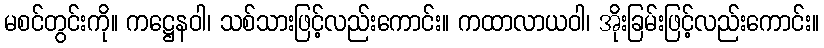
မစင်တွင်းကို။ ကဋ္ဌေနဝါ၊ သစ်သားဖြင့်လည်းကောင်း။ ကထာလာယဝါ၊ အိုးခြမ်းဖြင့်လည်းကောင်း။